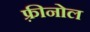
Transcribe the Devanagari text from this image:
फ़्रीनोल